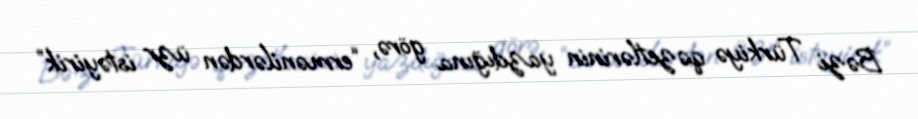
Bəzi Türkiyə qəzetlərinin yazdığına görə, “ermənilərdən üzr istəyirik”